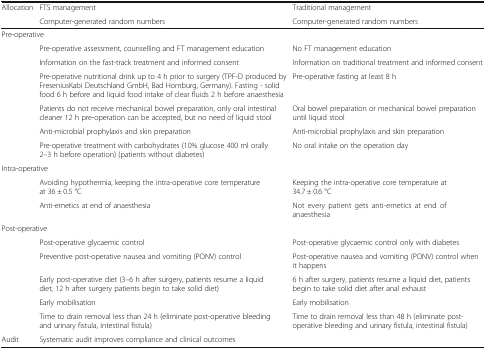
| <ROWSPAN=2> Allocation | FTS management | Traditional management |
 | Computer-generated random numbers | Computer-generated random numbers |
 | --- | --- | --- |
 | <COLSPAN=3> Pre-operative |
 | <ROWSPAN=6>  | Pre-operative assessment, counselling and FT management education | No FT management education |
 | Information on the fast-track treatment and informed consent | Information on traditional treatment and informed consent |
 | Pre-operative nutritional drink up to 4 h prior to surgery (TPF-D produced by FreseniusKabi Deutschland GmbH, Bad Homburg, Germany). Fasting - solid food 6 h before and liquid food intake of clear fluids 2 h before anaesthesia | Pre-operative fasting at least 8 h |
 | Patients do not receive mechanical bowel preparation, only oral intestinal cleaner 12 h pre-operation can be accepted, but no need of liquid stool | Oral bowel preparation or mechanical bowel preparation until liquid stool |
 | Anti-microbial prophylaxis and skin preparation | Anti-microbial prophylaxis and skin preparation |
 | Pre-operative treatment with carbohydrates (10% glucose 400 ml orally 2–3 h before operation) (patients without diabetes) | No oral intake on the operation day |
 | <COLSPAN=3> Intra-operative |
 | <ROWSPAN=2>  | Avoiding hypothermia, keeping the intra-operative core temperature at 36 ± 0.5 °C | Keeping the intra-operative core temperature at 34.7 ± 0.6 °C |
 | Anti-emetics at end of anaesthesia | Not every patient gets anti-emetics at end of anaesthesia |
 | <COLSPAN=3> Post-operative |
 | <ROWSPAN=5>  | Post-operative glycaemic control | Post-operative glycaemic control only with diabetes |
 | Preventive post-operative nausea and vomiting (PONV) control | Post-operative nausea and vomiting (PONV) control when it happens |
 | Early post-operative diet (3–6 h after surgery, patients resume a liquid diet, 12 h after surgery patients begin to take solid diet) | 6 h after surgery, patients resume a liquid diet, patients begin to take solid diet after anal exhaust |
 | Early mobilisation | Early mobilisation |
 | Time to drain removal less than 24 h (eliminate post-operative bleeding and urinary fistula, intestinal fistula) | Time to drain removal less than 48 h (eliminate post-operative bleeding and urinary fistula, intestinal fistula) |
 | Audit | Systematic audit improves compliance and clinical outcomes |  |